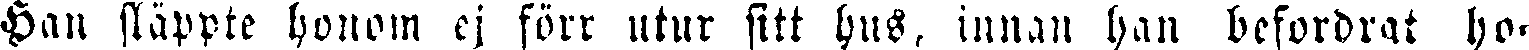
Han släppte honom ej förr utur sitt hus, innan han befordrat ho-